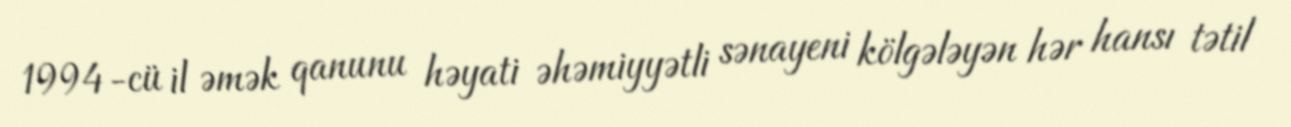
1994-cü il əmək qanunu həyati əhəmiyyətli sənayeni kölgələyən hər hansı tətil